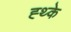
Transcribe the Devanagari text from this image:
ह्थ्के